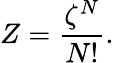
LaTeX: Z={\frac{\zeta^{N}}{N!}}.